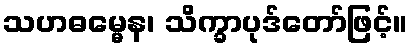
သဟဓမ္မေန၊ သိက္ခာပုဒ်တော်ဖြင့်။